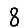
Digit: 8